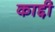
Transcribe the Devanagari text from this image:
काद्दी